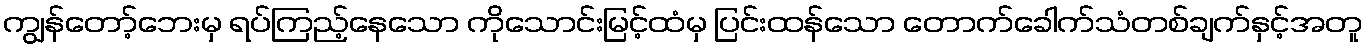
ကျွန်တော့်ဘေးမှ ရပ်ကြည့်နေသော ကိုသောင်းမြင့်ထံမှ ပြင်းထန်သော တောက်ခေါက်သံတစ်ချက်နှင့်အတူ